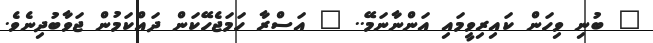
" ބުނި ވިހަން ކައިރިވީމައި އަންނާނަމޭ.. " އަސްރާ ހަމަޖެހޭކަން ދައްކަމުން ޖަވާބުދިނެވެ.